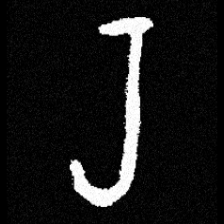
Pyu character \u2014 Myanmar letter: ရ (romanized: ra)